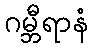
ဂမ္ဘီရာနံ